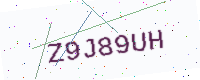
Text: Z9J89UH